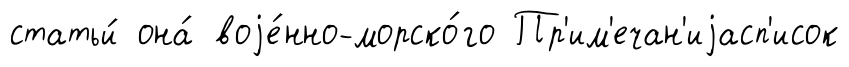
статьи́ она́ воjе́нно-морско́го Пр'им'ечан'иjасп'исок